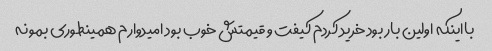
بااینکه اولین بار بود خرید کردم کیفت و قیمتش خوب بود امیدوارم همینطوری بمونه